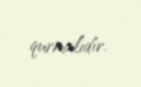
qurmalıdır.